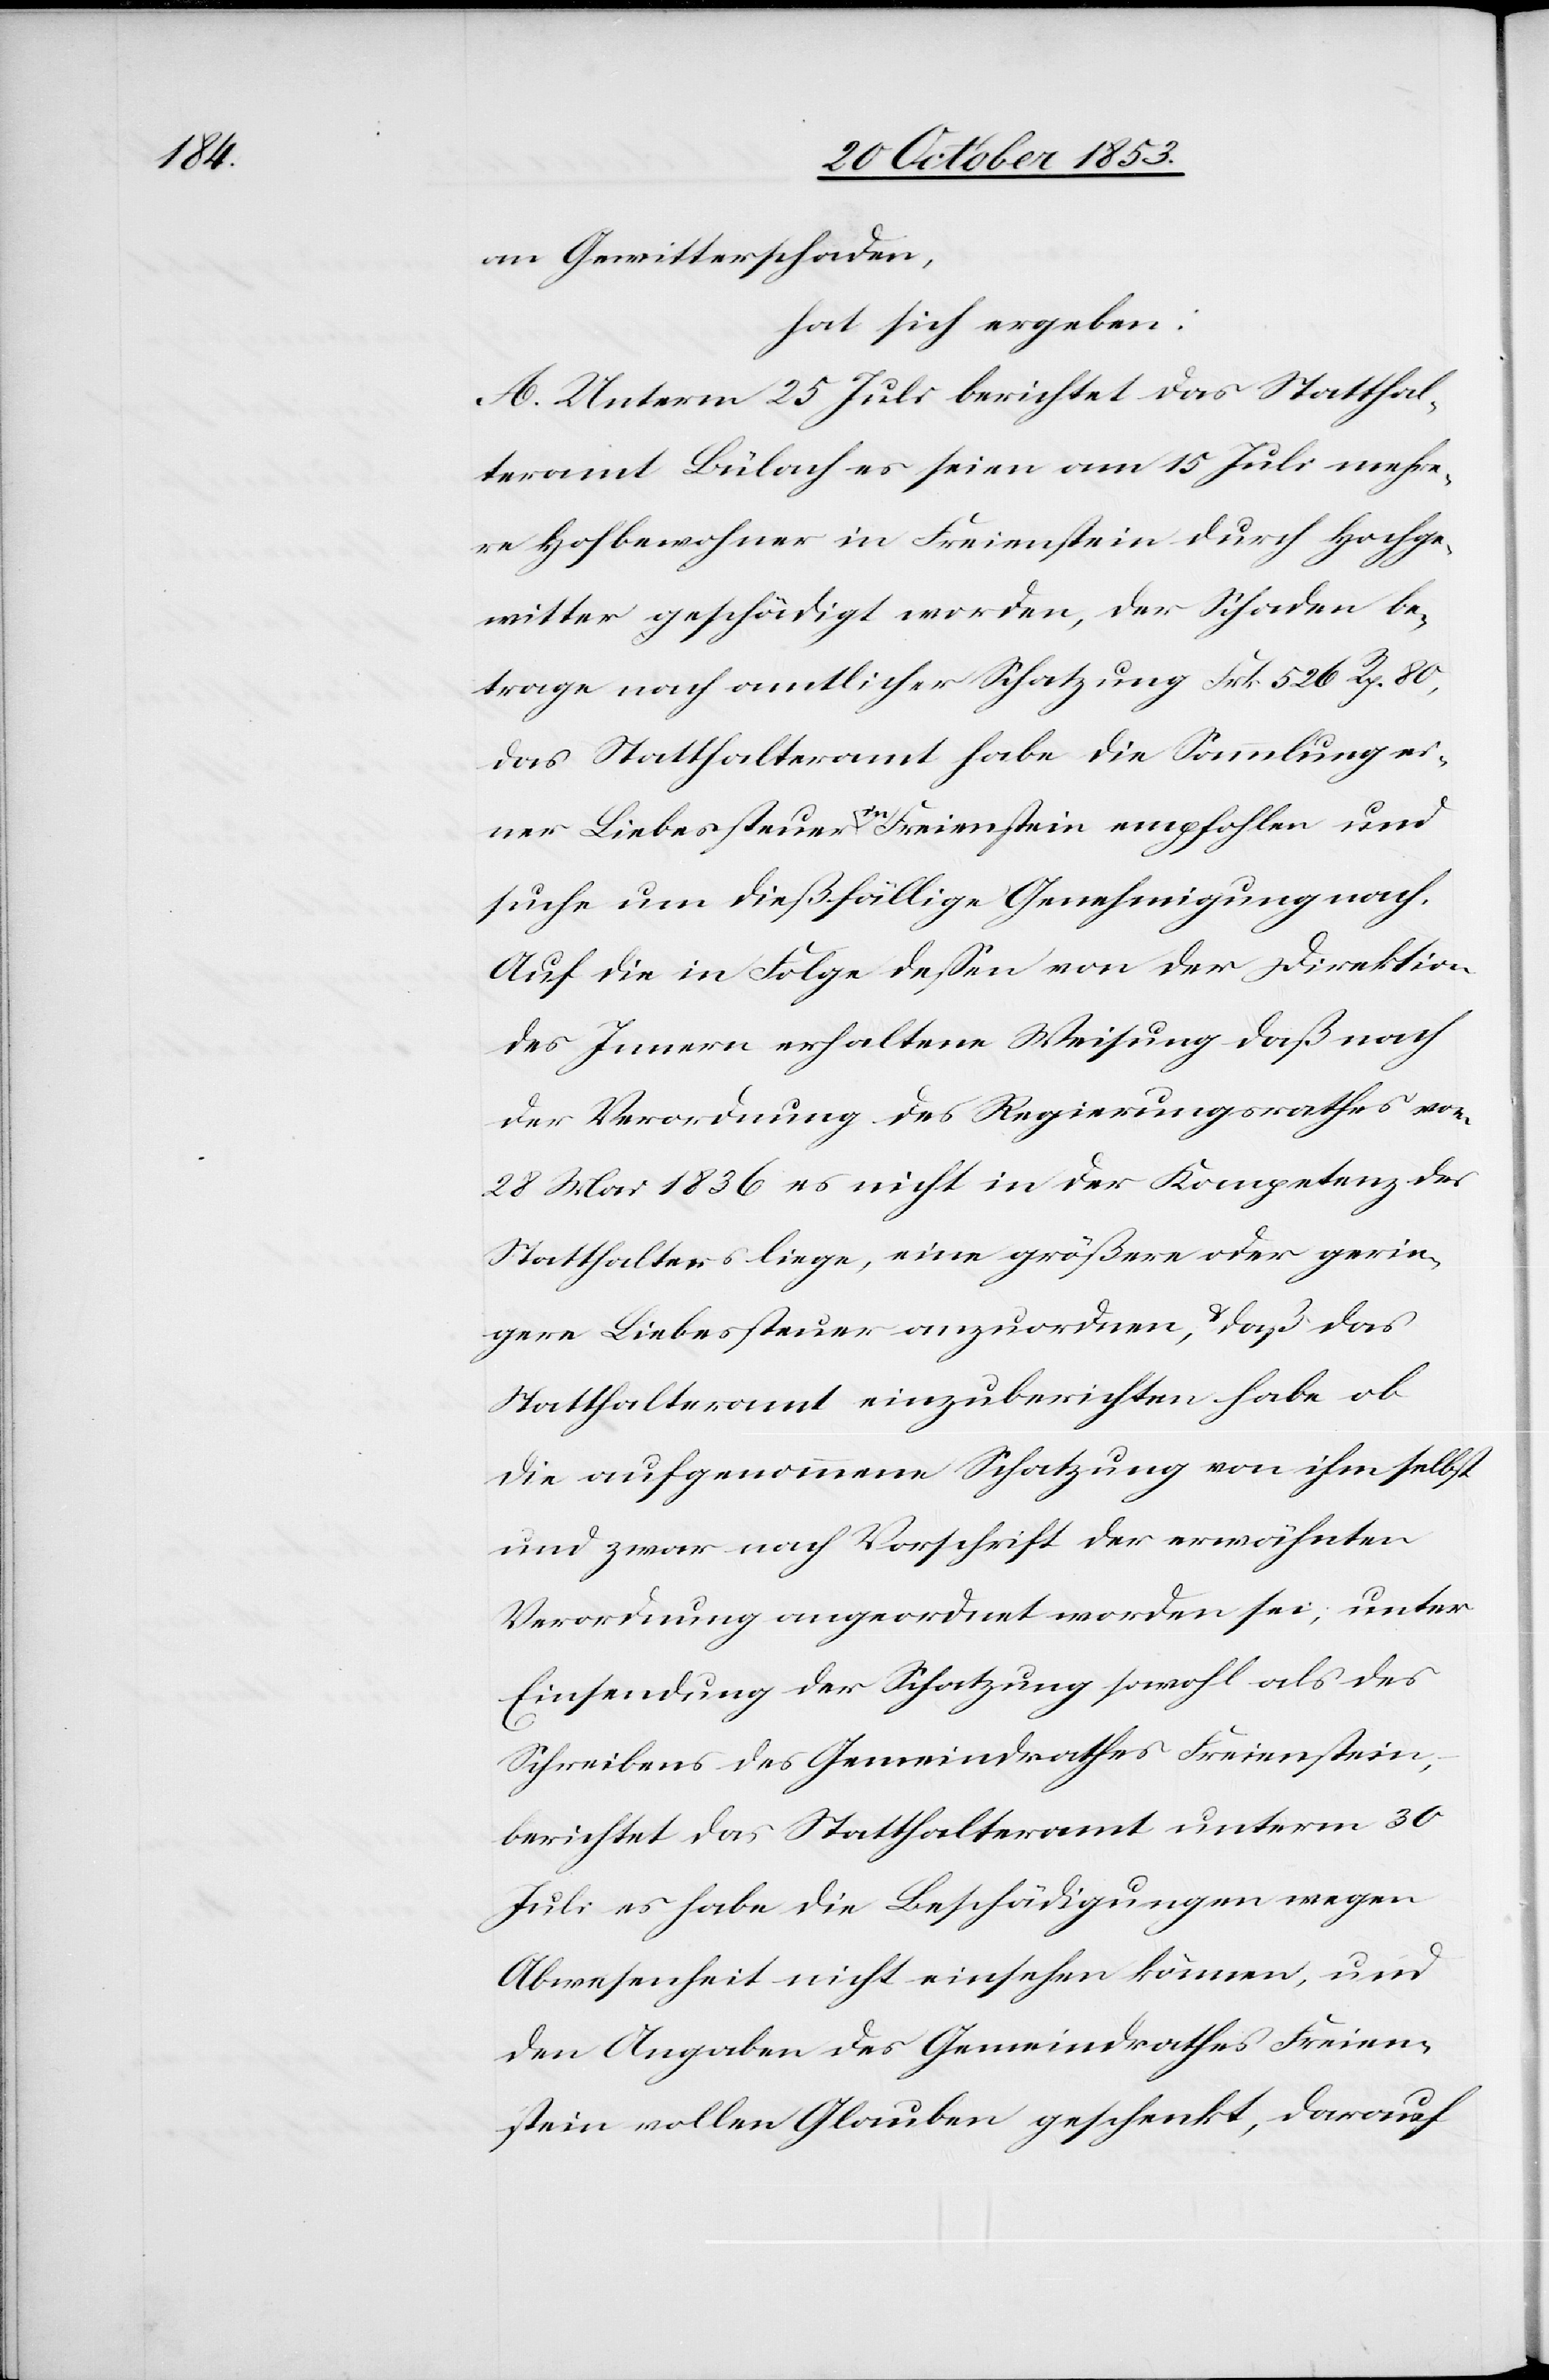
am Gewitterschaden,
hat sich ergeben:
A. Unterm 25 Juli berichtet das Statthal¬
teramt Bülach es seien am 15 Juli mehre¬
re Hofbewohner in Freienstein durch Hochge¬
witter geschädigt worden, der Schaden be¬
trage nach amtlicher Schatzung Frk. 526 Rp. 80,
das Statthalteramt habe die Sammlung ei¬
ner Liebessteuer in Freienstein empfohlen und
suche um dießfällige Genehmigung nach.
Auf die in Folge deßen von der Direktion
des Innern erhaltene Weisung daß nach
der Verordnung des Regierungsrathes vom
28 Mai 1836 es nicht in der Kompetenz des
Statthalters liege, eine größere oder gerin¬
gere Liebessteuer anzuordnen, u. daß das
Statthalteramt einzuberichten habe ob
die aufgenommene Schatzung von ihm selbst
und zwar nach Vorschrift der erwähnten
Verordnung angeordnet worden sei, unter
Einsendung der Schatzung sowohl als des
Schreibens des Gemeindrathes Freienstein,
berichtet das Statthalteramt unterm 30
Juli es habe die Beschädigungen wegen
Abwesenheit nicht einsehen können, und
den Angaben des Gemeindrathes Freien¬
stein vollen Glauben geschenkt, darauf